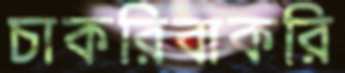
চাকরিবাকরি